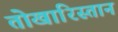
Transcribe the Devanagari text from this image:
तोखारिस्तान